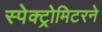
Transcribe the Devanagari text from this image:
स्पेक्ट्रोमिटरने